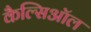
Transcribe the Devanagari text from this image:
कैल्सिऑल